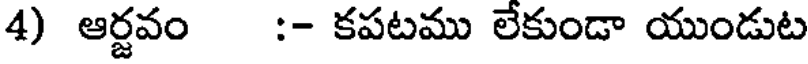
4) ఆర్జవం :- కపటము లేకుండా యుండుట